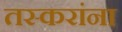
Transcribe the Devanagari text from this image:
तस्करांना